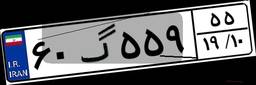
۶۰گ۵۵۹۵۵